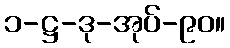
၁-ဋ္ဌ-ဒု-အုပ်-၉၀။